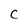
Character: C